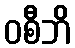
ဝစီဘိ